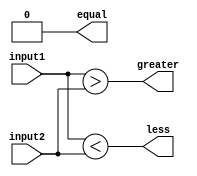
module comparator (
    input [7:0] input1,
    input [7:0] input2,
    output reg equal,
    output reg greater,
    output reg less
);

reg [7:0] equal_bits;
reg [7:0] greater_bits;
reg [7:0] less_bits;

// Comparing each bit
assign equal_bits = input1 == input2;
assign greater_bits = input1 > input2;
assign less_bits = input1 < input2;

// Combining the comparison results
always @(*) begin
    equal = equal_bits[0] & equal_bits[1] & equal_bits[2] & equal_bits[3] & equal_bits[4] & equal_bits[5] & equal_bits[6] & equal_bits[7];
    greater = greater_bits[0] | greater_bits[1] | greater_bits[2] | greater_bits[3] | greater_bits[4] | greater_bits[5] | greater_bits[6] | greater_bits[7];
    less = less_bits[0] | less_bits[1] | less_bits[2] | less_bits[3] | less_bits[4] | less_bits[5] | less_bits[6] | less_bits[7];
end

endmodule